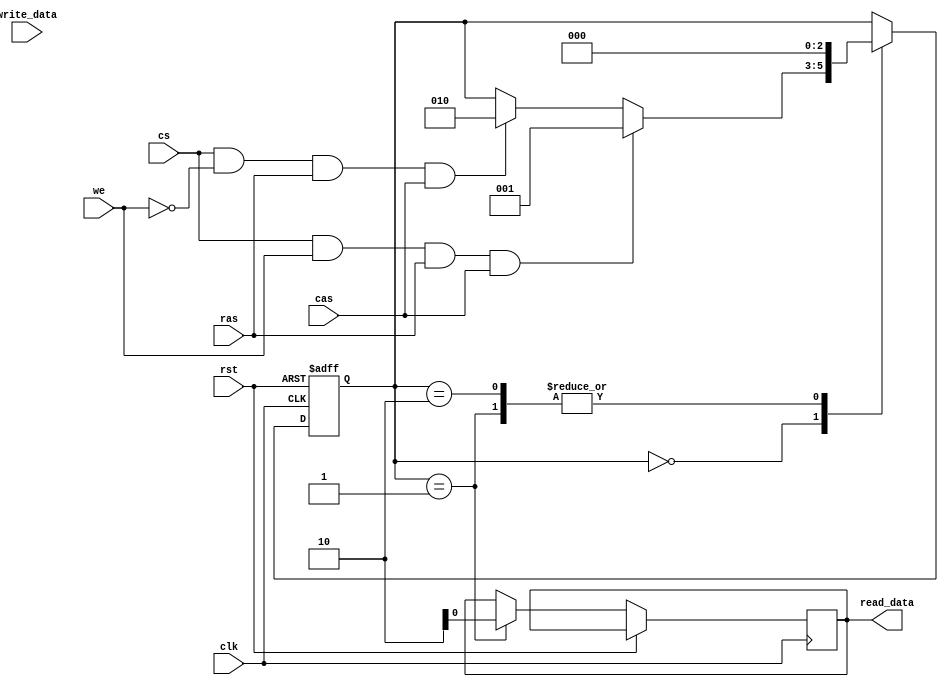
module sdram_controller (
  input wire clk,
  input wire rst,
  input wire cs,
  input wire we,
  input wire ras,
  input wire cas,
  input wire write_data,
  output reg read_data
);

reg [2:0] state;
reg [11:0] address;

parameter IDLE = 3'b000;
parameter READ = 3'b001;
parameter WRITE = 3'b010;

always @(posedge clk or posedge rst) begin
  if (rst) begin
    state <= IDLE;
    address <= 12'b0;
  end else begin
    case(state)
      IDLE: begin
        if (cs && we && ras && cas) begin
          state <= READ;
        end else if (cs && ~we && ras && cas) begin
          state <= WRITE;
        end
      end
      READ: begin
        read_data <= $random;
        state <= IDLE;
      end
      WRITE: begin
        // Write operation to SDRAM
        state <= IDLE;
      end
    endcase
  end
end

endmodule